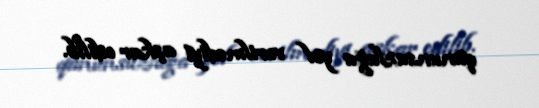
qanunsuzluğa yol verilmədiyi aşkar edilib.